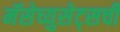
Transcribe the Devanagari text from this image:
मॅसेच्युसेट्सची